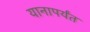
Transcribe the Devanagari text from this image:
यानापर्यंत